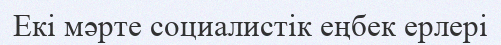
Екі мәрте социалистік еңбек ерлері